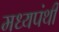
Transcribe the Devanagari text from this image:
मध्यपंथी